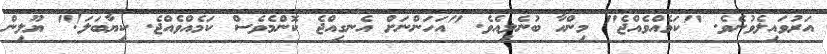
އަރުވައިލެވުނެވެ. "ކަމެއްވެއްޖެ" މިންހާ ބުނެލިއެވެ. "އަހަންނަށް އެނގިއްޖެ ކޮންމެވެސް ކަމެއްވެއްޖެ. ކިޔާބަލަ!" ޔޫލިން